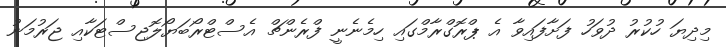
މިދިޔަ ހުކުރު ދުވަހު ފަށާފައިވާ އެ ޕްރޮގްރާމްގައި ހިމެނެނީ ފްރެންޗް އެސްޓްރޯބަޔޯލޮޖިސްޓަކާއި ޖަރުމަނު